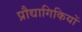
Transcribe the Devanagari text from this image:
प्रौद्यागिकियों